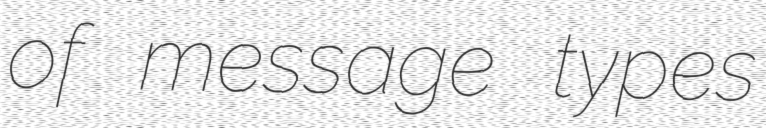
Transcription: of message types